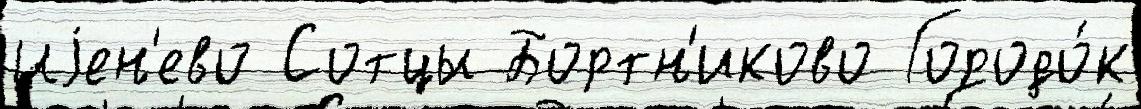
Иjен'ево Сотцы Бортн'иково Городо́к